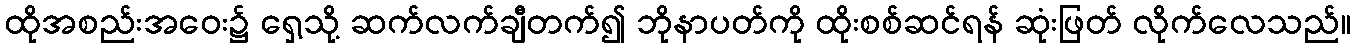
ထိုအစည်းအဝေး၌ ရှေ့သို့ ဆက်လက်ချီတက်၍ ဘိုနာပတ်ကို ထိုးစစ်ဆင်ရန် ဆုံးဖြတ် လိုက်လေသည်။